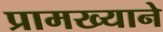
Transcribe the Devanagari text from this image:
प्रामख्याने